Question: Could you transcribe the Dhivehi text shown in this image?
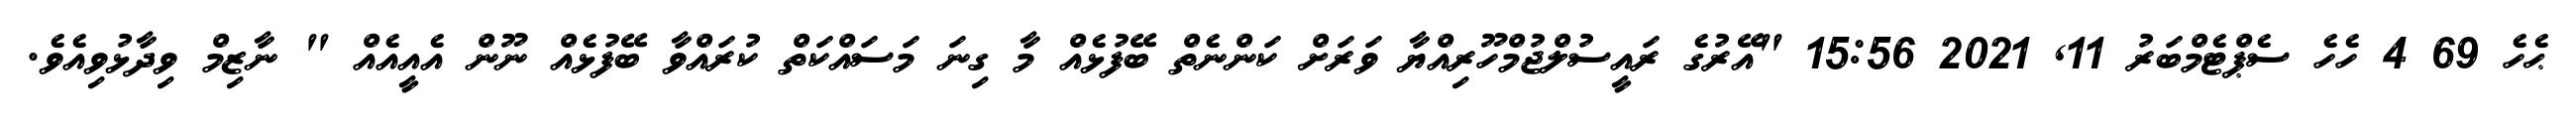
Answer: ޙެހެ 69 4 ހެހެ ސެޕްޓެމްބަރު 11, 2021 15:56 "އޭރުގެ ރައީސުލްޖުމްހޫރިއްޔާ ވަރަށް ކަންނެތް ބޭފުޅެއް މާ ގިނަ މަސައްކަތް ކުރައްވާ ބޭފުޅެއް ނޫން އެއީއެއް " ނާޒިމް ވިދާޅުވިއެވެ.